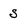
Character: S